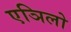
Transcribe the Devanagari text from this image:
एञिलो